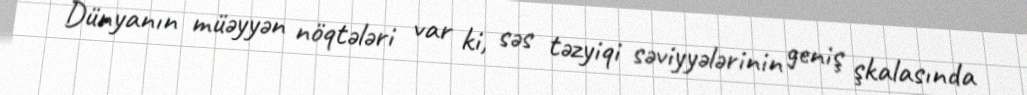
Dünyanın müəyyən nöqtələri var ki, səs təzyiqi səviyyələrinin geniş şkalasında